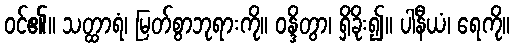
ဝင်၏။ သတ္ထာရံ၊ မြတ်စွာဘုရားကို။ ဝန္ဒိတွာ၊ ရှိခိုး၍။ ပါနီယံ၊ ရေကို။